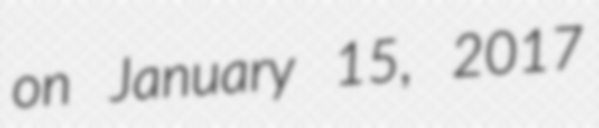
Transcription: on January 15, 2017